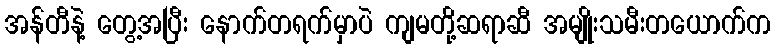
အန်တီနဲ့ တွေ့အပြီး နောက်တရက်မှာပဲ ကျမတို့ဆရာဆီ အမျိုးသမီးတယောက်က